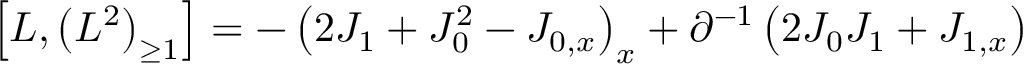
\left[ L , \left( L ^ { 2 } \right) _ { \geq 1 } \right] = - \left( 2 J _ { 1 } + J _ { 0 } ^ { 2 } - J _ { 0 , x } \right) _ { x } + \partial ^ { - 1 } \left( 2 J _ { 0 } J _ { 1 } + J _ { 1 , x } \right)